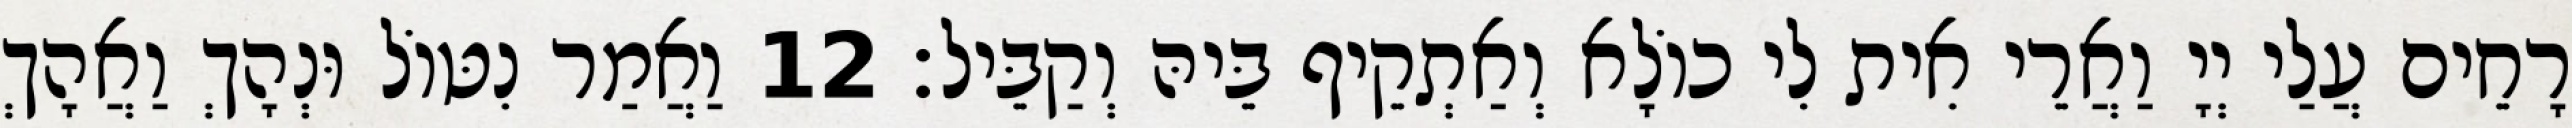
רָחֵים עֲלַי יְיָ וַאֲרֵי אִית לִי כוֹלָא וְאַתְקֵיף בֵּיהּ וְקַבֵּיל׃ 12 וַאֲמַר נִטּוֹל וּנְהָךְ וַאֲהָךְ